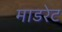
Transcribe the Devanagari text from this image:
माडरेट